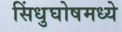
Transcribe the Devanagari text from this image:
सिंधुघोषमध्ये